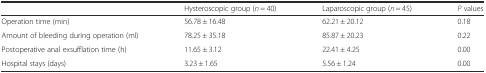
<table><thead><tr><td></td><td><b>Hysteroscopic group (<i>n</i> = 40)</b></td><td><b>Laparoscopic group (<i>n</i> = 45)</b></td><td><b><i>P</i> values</b></td></tr></thead><tbody><tr><td>Operation time (min)</td><td>56.78 ± 16.48</td><td>62.21 ± 20.12</td><td>0.18</td></tr><tr><td>Amount of bleeding during operation (ml)</td><td>78.25 ± 35.18</td><td>85.87 ± 20.23</td><td>0.22</td></tr><tr><td>Postoperative anal exsufflation time (h)</td><td>11.65 ± 3.12</td><td>22.41 ± 4.25</td><td>0.00</td></tr><tr><td>Hospital stays (days)</td><td>3.23 ± 1.65</td><td>5.56 ± 1.24</td><td>0.00</td></tr></tbody></table>